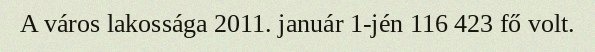
A város lakossága 2011. január 1-jén 116 423 fő volt.